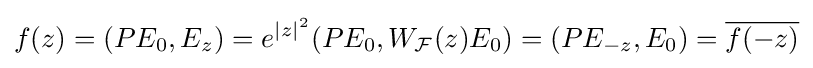
f(z)=(PE_{0},E_{z})=e^{|z|^{2}}(PE_{0},W_{\mathcal {F}}(z)E_{0})=(PE_{-z},E_{0})={\overline {f(-z)}}